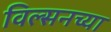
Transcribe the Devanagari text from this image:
विल्सनच्या